Annual administration report of the Civil Veterinary Department of India - 1900-1901
Year: 1900
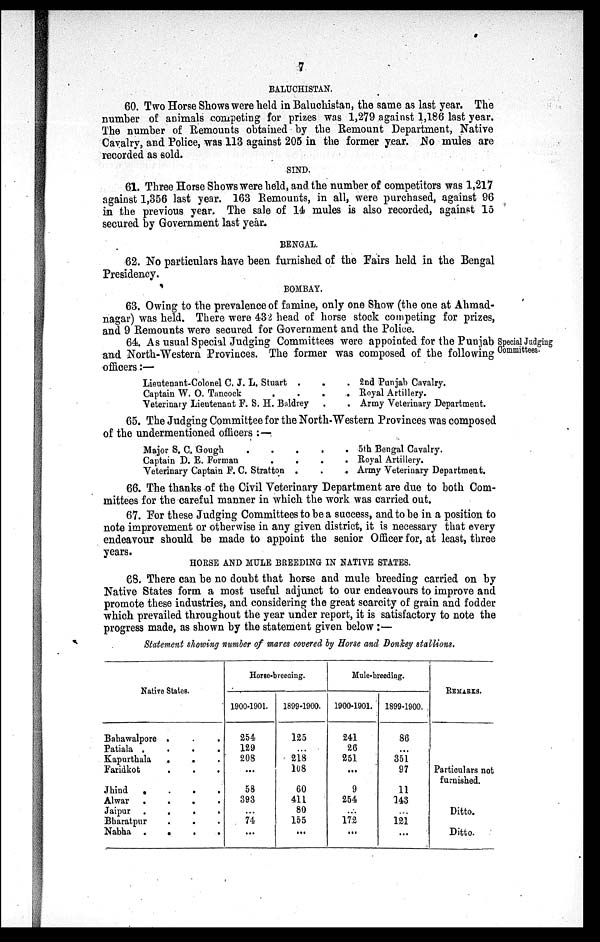
V
BALUCHISTAN.
60. Two Horse Shows were held in Baluchistan, the same as last year. The
number of animals competing for prizes was 1,279 against 1,186 last year.
The number of Remounts obtained by the Remount Department, Native
Cavalry, and Police, was 113 against 205 in the former year. No mules are
recorded as sold.
SIND.
61. Three Horse Shows were held, and the number of competitors was 1,217
against 1,356 last year. 163 Remounts, in all, were purchased, against 96
in the previous year. The sale of 14 mules is also recorded, against 15
secured by Government last year.
BENGAL.
62. No particulars have been furnished of the Fairs held in the Bengal
Presidency.
BOMBAY.
63. Owing to the prevalence of famine, only one Show (the one at Ahmad-
nagar) was held. There were 432 head of horse stock competing for prizes,
and 9 Remounts were secured for Government and the Police.
Special Judging
Committees.
64. As usual Special Judging Committees were appointed for the Punjab
and North-Western Provinces. The former was composed of the following
officers:—
Lieutenant-Colonel C. J. L. Stuart . . .
Captain W. O. Tancock
.
.
.
.
Veterinary Lieutenant F. S. H. Baldrey . .
2nd Punjab Cavalry.
Royal Artillery.
Army Veterinary Department.
65. The Judging Committee for the North-Western Provinces was composed
of the undermentioned officers:—
Major S. C. Gough
.
.
.
.
.
Captain D. E. Forman
.
.
.
.
Veterinary Captain F. C. Stratton .
.
.
5th Bengal Cavalry.
Royal Artillery.
Army Veterinary Department.
66. The thanks of the Civil Veterinary Department are due to both Com-
mittees for the careful manner in which the work was carried out.
67. For these Judging Committees to be a success, and to be in a position to
note improvement or otherwise in any given district, it is necessary that every
endeavour should be made to appoint the senior Officer for, at least, three
years.
HORSE AND MULE BREEDING IN NATIVE STATES.
68. There can be no doubt that horse and mule breeding carried on by
Native States form a most useful adjunct to our endeavours to improve and
promote these industries, and considering the great scarcity of grain and fodder
which prevailed throughout the year under report, it is satisfactory to note the
progress made, as shown by the statement given below:—
Statement showing number of mares covered by Horse and Donkey stallions.
Native States.
Babawalpore .
Patiala .
.
.
.
Kapurthala . . .
Faridkot . . .
Jhind
.
.
.
Alwar
.
.
.
.
Jaipur
.
.
.
.
Bharatpur . . . .
Nabha
.
.
.
.
Horge-breeadng
1900-1901.
254
129
208
...
58
393
...
74
...
1899-1900.
125
...
218
108
60
411
80
155
...
Mule-breeding
reeding.
1900-1901.
241
26
251
...
9
254
...
172
...
1899-1900.
86
...
351
97
11
143
...
121
...
REMARKS.
Particulars not
furnished.
Ditto.
Ditto.